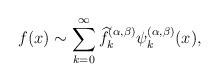
LaTeX: \begin{align*} f(x)\sim \sum_{k=0}^\infty \widehat{f}^{(\alpha,\beta)}_k \psi_k^{(\alpha,\beta)}(x), \end{align*}